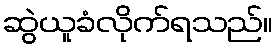
ဆွဲယူခံလိုက်ရသည်။